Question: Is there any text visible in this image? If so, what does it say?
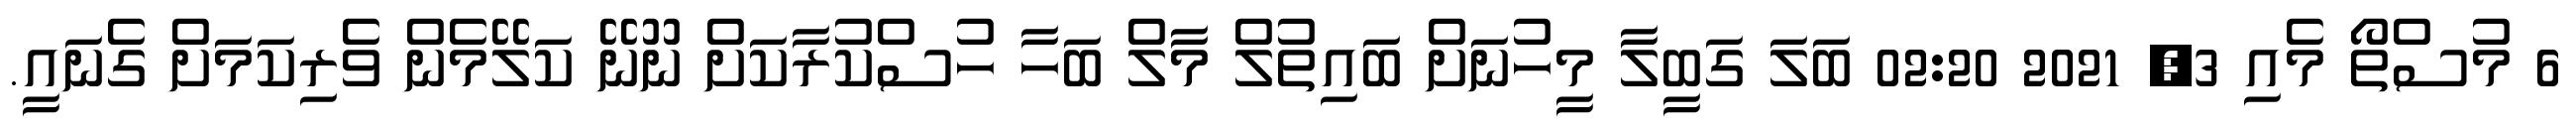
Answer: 6 މުސްތޯ މެއި 3, 2021 02:20 ބަލަ ގަބީލާ މީހުނަށް ބައިތުލް މާލް ބަހާ ހުސްކުރާކަށް ނޫނޭ ކަލޭމެން ވެރިކަމަށް ގެނައީ.